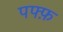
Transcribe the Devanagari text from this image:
पफ्फ़